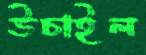
উচাইল